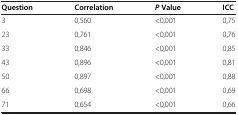
| Question | Correlation | PValue | ICC |
 | --- | --- | --- | --- |
 | 3 | 0,560 | <0,001 | 0,75 |
 | 23 | 0,761 | <0,001 | 0,76 |
 | 33 | 0,846 | <0,001 | 0,85 |
 | 43 | 0,896 | <0,001 | 0,81 |
 | 50 | 0,897 | <0,001 | 0,88 |
 | 66 | 0,698 | <0,001 | 0,69 |
 | 71 | 0,654 | <0,001 | 0,66 |